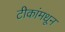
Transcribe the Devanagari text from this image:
टीकांमधून